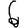
Digit: 6